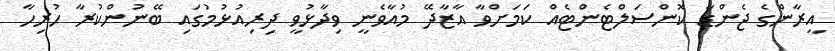
އީރާންގެ ޖެންޑާ ކޮންސަލްޓެންޓެއް ކަމަށްވާ އާޒާދޭ މުއާވެނީ ވިދާޅުވީ ދިރިިއުޅުމުގައި ބޭނުންކުރާ ހުރިހާ